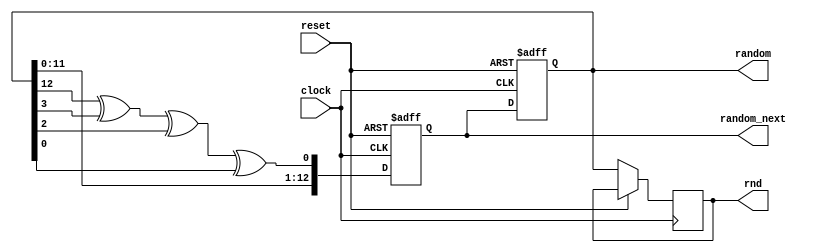
module LFSR (
    input clock,
    input reset,
    output [12:0] rnd,
    output reg [12:0] random_next,
    output reg [12:0] random 
    );

wire feedback = random[12] ^ random[3] ^ random[2] ^ random[0]; 

reg [12:0] random_done;// random, random_next, random_done;
reg [3:0] count, count_next; //to keep track of the shifts

always @ (posedge clock, posedge reset)
begin
    if (reset) //Initialize LSFR random generation
    begin
        random <= 13'hF; //An LFSR cannot have an all 0 state, thus reset to FF
        random_next <= 13'hF;
        count <= 0;
        count_next <= 0;
    end
    else begin
        random <= random_next;
        count <= count_next;
        random_next <= {random[11:0], feedback};
        count_next <= count+1;
        random_done <= random;
        if(count == 13) begin
            count <= 0;
            random_done <= random;
        end
    end
end


// always @ (*)
// begin
//  random_next = random; //default state stays the same
//  count_next = count;
  
//   random_next = {random[11:0], feedback}; //shift left the xor'd every posedge clock
//   count_next = count + 1;

//  if (count == 13)
//  begin
//   count = 0;
//   random_done = random; //assign the random number to output after 13 shifts
//  end
 
// end


assign rnd = random_done;

endmodule